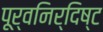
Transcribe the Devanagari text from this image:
पूर्वनिर्दिष्ट